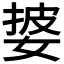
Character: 𫰷